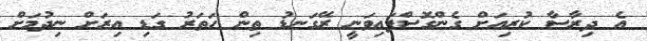
އެ ދިރާސާ ކުރިއަށް ގެންގޮސްފައިވަނީ ރޭގަނޑު ތިން ހަތަރު ގަޑި އިރަށް ނިދުމަށް